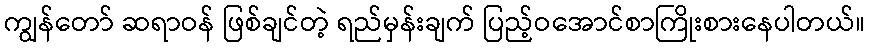
ကျွန်တော် ဆရာဝန် ဖြစ်ချင်တဲ့ ရည်မှန်းချက် ပြည့်ဝအောင်စာကြိုးစားနေပါတယ်။